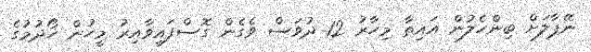
ނޭޕާލަށް ބިންހެލުން އައިތާ މިހާރު 12 ދުވަސް ވެގެން ގޮސްފައިވާއިރު މީހުން ހޯދުމުގެ